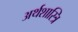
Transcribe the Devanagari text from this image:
अर्थशास्त्रि